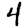
Digit: 4